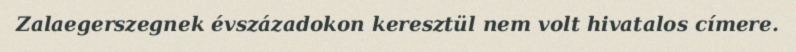
Zalaegerszegnek évszázadokon keresztül nem volt hivatalos címere.